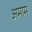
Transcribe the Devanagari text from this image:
अमाम